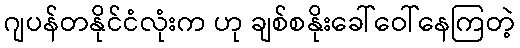
ဂျပန်တနိုင်ငံလုံးက ဟု ချစ်စနိုးခေါ်ဝေါ်နေကြတဲ့